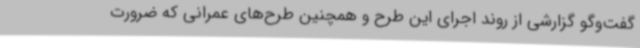
گفت‌وگو گزارشی از روند اجرای این طرح و همچنین طرح‌های عمرانی که ضرورت